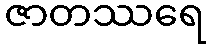
ဇာတဿရေ